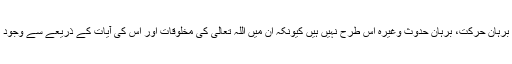
درحالانکہ دیگر براہین مثلا برہانِ نظم، برہانِ حرکت، برہانِ حدوث وغیرہ اس طرح نہیں ہیں کیونکہ ان میں اللہ تعالی کی مخلوقات اور اس کی آیات کے ذریعے سے وجودِ باری تعالی پر استدلال قائم کیا جاتا ہے۔